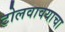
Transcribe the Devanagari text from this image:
टोलवावयाचा